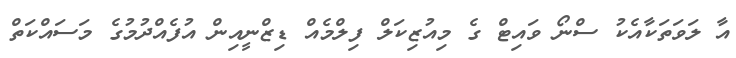
އާ ލަވަތަކާއެކު ސްނޯ ވައިޓް ގެ މިއުޒިކަލް ފިލްމެއް ޑިޒްނީއިން އުފެއްދުމުގެ މަސައްކަތް